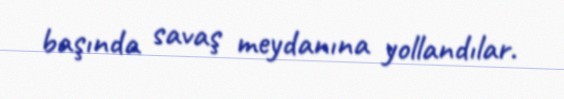
başında savaş meydanına yollandılar.